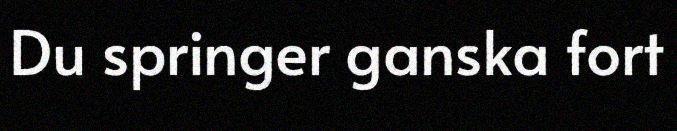
Du springer ganska fort